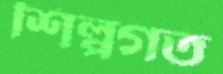
শিল্পগত